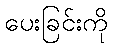
ပေးခြင်းကို